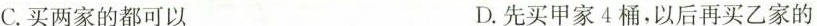
C.买两家的都可以 D.先买甲家4桶，以后再买乙家的